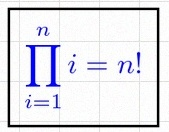
\prod_{i=1}^{n}i=n!